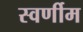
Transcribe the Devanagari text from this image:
स्वर्णीम